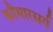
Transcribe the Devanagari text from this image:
कौमारसर्ग